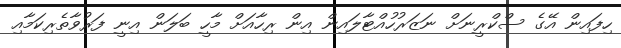
ހިފައިން އޭގެ ސްކްރީނަށް ނަޒަރުހުއްޓާލައިން އިން ރިހާއަށް މާހީ ބަލަން އިނީ ފަރުވާތެރިކަމާއި